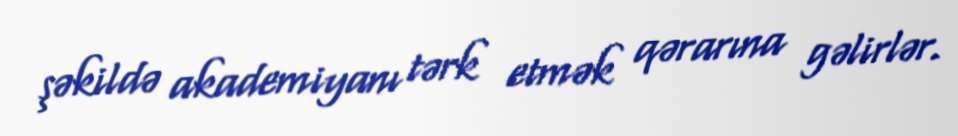
şəkildə akademiyanı tərk etmək qərarına gəlirlər.